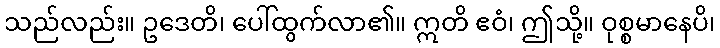
သည်လည်း။ ဥဒေတိ၊ ပေါ်ထွက်လာ၏။ ဣတိ ဧဝံ၊ ဤသို့။ ဝုစ္စမာနေပိ၊